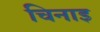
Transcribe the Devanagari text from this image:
चिनाइ